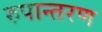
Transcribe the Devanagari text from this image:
रुपान्‍तरण